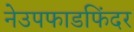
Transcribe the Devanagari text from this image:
नेउपफाडफिंदर